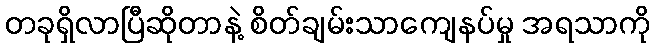
တခုရှိလာပြီဆိုတာနဲ့ စိတ်ချမ်းသာကျေနပ်မှု အရသာကို